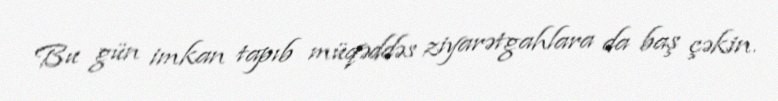
Bu gün imkan tapıb müqəddəs ziyarətgahlara da baş çəkin.